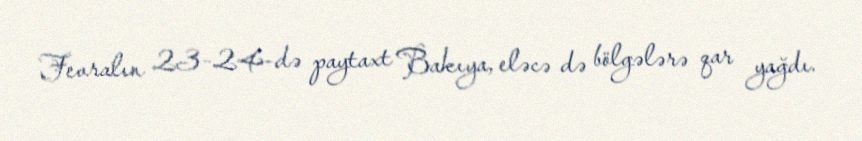
Fevralın 23-24-də paytaxt Bakıya, eləcə də bölgələrə qar yağdı.